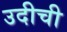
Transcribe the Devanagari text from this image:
उदीची